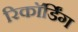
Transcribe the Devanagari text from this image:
रिकाॅर्डिंग